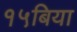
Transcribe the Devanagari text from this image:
१५बिया